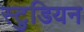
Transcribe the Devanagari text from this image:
स्टुडियन